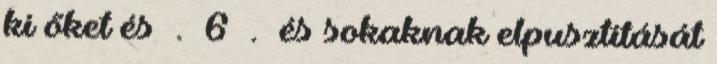
ki őket és . 6 . és sokaknak elpusztítását